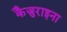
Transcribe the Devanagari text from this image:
कैजुराइना